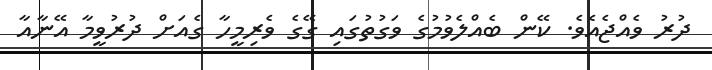
ދުރު ވެއްޖެއެވެ. ކޭން ބެއްލެވުމުގެ ވަގުތުގައި ގޭގެ ވެރިމީހާ ގެއަށް ދުރުވީމާ އޭނާއާ